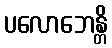
ပလောဘေန္တိ